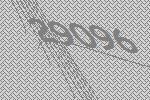
29096